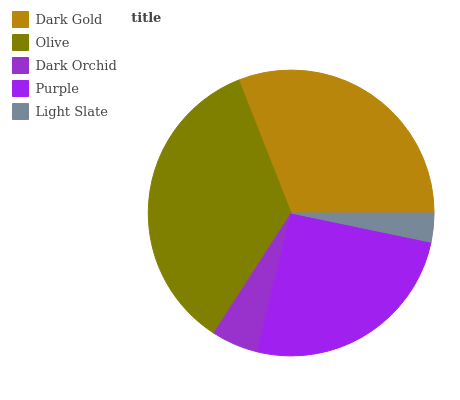
| Dark Gold | Olive | Dark Orchid | Purple | Light Slate |
 | --- | --- | --- | --- | --- |
 | 31% | 34.8% | 5.28% | 25.6% | 3.26% |